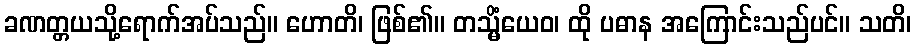
ခဏတ္တယသို့ရောက်အပ်သည်။ ဟောတိ၊ ဖြစ်၏။ တသ္မိံယေဝ၊ ထို ပဓာန အကြောင်းသည်ပင်။ သတိ၊